Indian journal of veterinary science and animal husbandry - Volumes 22-23, 1952-1953
Year: 1952
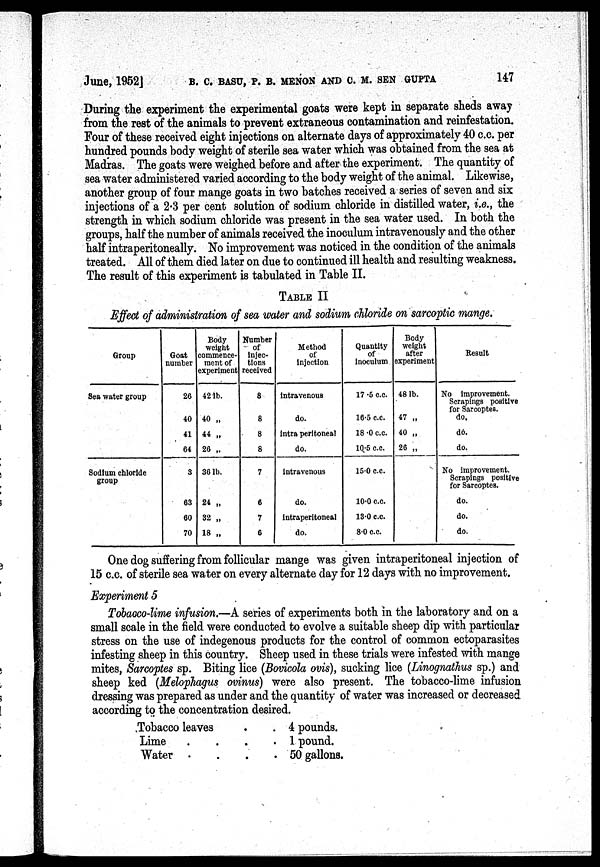
June, 1952J
B. C. BASU, P. B. MENON AND C. M. SEN GUPTA
147
During the experiment the experimental goats were kept in separate sheds away
from the rest of the animals to prevent extraneous contamination and reinfestation.
Four of these received eight injections on alternate days of approximately 40 c.c. per
hundred pounds body weight of sterile sea water which was obtained from the sea at
Madras. The goats were weighed before and after the experiment. The quantity of
sea water administered varied according to the body weight of the animal. Likewise,
another group of four mange goats in two batches received a series of seven and six
injections of a 2.3 per cent solution of sodium chloride in distilled water, i.e., the
strength in which sodium chloride was present in the sea water used. In both the
groups, half the number of animals received the inoculum intravenously and the other
half intraperitoneally. No improvement was noticed in the condition of the animals
treated. All of them died later on due to continued ill health and resulting weakness.
The result of this experiment is tabulated in Table II.
TABLE II
Effect of administration of sea water and sodium chloride on sarcoptic mange.
Group
Sea water group
Sodium chloride
group
Goat
number
26
40
41
64
3
63
60
70
Body
weight
commence-
ment of
experiment
42 lb.
40 „
44 „
26 „
36 lb.
24 „
32 „
18 „
Number
of
injec-
tions
received
8
8
8
8
7
6
7
6
Method
of
injection
intravenous
do.
intra peritoneal
do.
intravenous
do.
intraperitoneal
do.
Quantity
of
inoculum
17.5 c.c.
16.5 c.c.
18.0 c.c.
10.5 c.c.
15.0 c.c.
10.0 c.c.
13.0 c.c.
8.0 c.c.
Body
weight
after
experiment
48 lb.
47 „
40 „
26 „
Result
No improvement.
Scrapings positive
for Sarcoptes.
do.
do.
do.
No improvement.
Scrapings positive
for Sarcoptes.
do.
do.
do.
One dog suffering from follicular mange was given intraperitoneal injection of
15 c.c. of sterile sea water on every alternate day for 12 days with no improvement.
Experiment 5
Tobacco-lime infusion.—A series of experiments both in the laboratory and on a
small scale in the field were conducted to evolve a suitable sheep dip with particular
stress on the use of indegenous products for the control of common ectoparasites
infesting sheep in this country. Sheep used in these trials were infested with mange
mites, Sarcoptes sp. Biting lice (Bovicola ovis), sucking lice (Linognathus sp.) and
sheep ked (Melophagus ovinus) were also present. The tobacco-lime infusion
dressing was prepared as under and the quantity of water was increased or decreased
according to the concentration desired.
Tobacco leaves . .
Lime
.
.
.
.
Water .
.
.
.
4 pounds.
1 pound.
50 gallons.